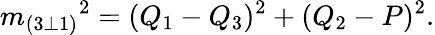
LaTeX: {m_{(3\bot 1)}}^{2}=(Q_{1}-Q_{3})^{2}+(Q_{2}-P)^{2}.